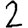
Digit: 2